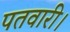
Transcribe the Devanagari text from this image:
पतवारी।